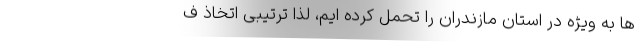
ها به ویژه در استان مازندران را تحمل کرده ایم، لذا ترتیبی اتخاذ ف